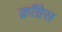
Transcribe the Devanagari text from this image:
क्राँग्रेस